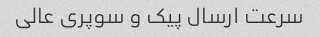
سرعت ارسال پیک و سوپری عالی